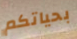
بحياتكم